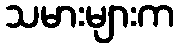
သမားများက